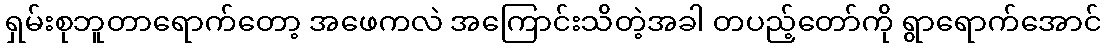
ရှမ်းစုဘူတာရောက်တော့ အဖေကလဲ အကြောင်းသိတဲ့အခါ တပည့်တော်ကို ရွာရောက်အောင်